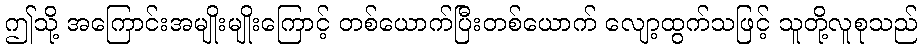
ဤသို့ အကြောင်းအမျိုးမျိုးကြောင့် တစ်ယောက်ပြီးတစ်ယောက် လျော့ထွက်သဖြင့် သူတို့လူစုသည်